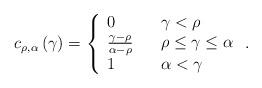
LaTeX: \begin{align*}c_{\rho,\alpha}\left( \gamma\right) =\left\{\begin{array}[c]{lll}0 & & \gamma<\rho\\\frac{\gamma-\rho}{\alpha-\rho} & & \rho\leq\gamma\leq\alpha\\1 & & \alpha<\gamma\end{array}\right. . \end{align*}